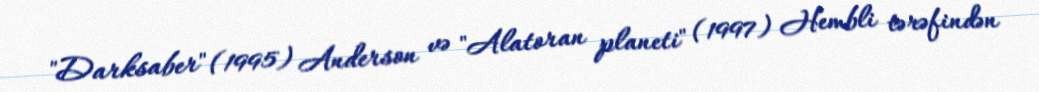
"Darksaber" (1995) Anderson və "Alatoran planeti" (1997) Hembli tərəfindən